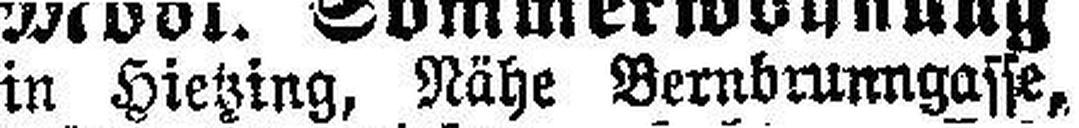
in Hietzing, Nähe Bernbrunngasse,